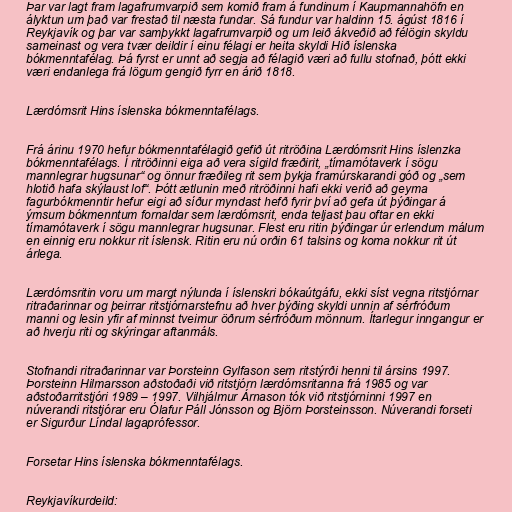
Þar var lagt fram lagafrumvarpið sem komið fram á fundinum í Kaupmannahöfn en
ályktun um það var frestað til næsta fundar. Sá fundur var haldinn 15. ágúst 1816 í
Reykjavík og þar var samþykkt lagafrumvarpið og um leið ákveðið að félögin skyldu
sameinast og vera tvær deildir í einu félagi er heita skyldi Hið íslenska
bókmenntafélag. Þá fyrst er unnt að segja að félagið væri að fullu stofnað, þótt ekki
væri endanlega frá lögum gengið fyrr en árið 1818.

Lærdómsrit Hins íslenska bókmenntafélags.

Frá árinu 1970 hefur bókmenntafélagið gefið út ritröðina Lærdómsrit Hins íslenzka
bókmenntafélags. Í ritröðinni eiga að vera sígild fræðirit, „tímamótaverk í sögu
mannlegrar hugsunar“ og önnur fræðileg rit sem þykja framúrskarandi góð og „sem
hlotið hafa skýlaust lof“. Þótt ætlunin með ritröðinni hafi ekki verið að geyma
fagurbókmenntir hefur eigi að síður myndast hefð fyrir því að gefa út þýðingar á
ýmsum bókmenntum fornaldar sem lærdómsrit, enda teljast þau oftar en ekki
tímamótaverk í sögu mannlegrar hugsunar. Flest eru ritin þýðingar úr erlendum málum
en einnig eru nokkur rit íslensk. Ritin eru nú orðin 61 talsins og koma nokkur rit út
árlega.

Lærdómsritin voru um margt nýlunda í íslenskri bókaútgáfu, ekki síst vegna ritstjórnar
ritraðarinnar og þeirrar ritstjórnarstefnu að hver þýðing skyldi unnin af sérfróðum
manni og lesin yfir af minnst tveimur öðrum sérfróðum mönnum. Ítarlegur inngangur er
að hverju riti og skýringar aftanmáls.

Stofnandi ritraðarinnar var Þorsteinn Gylfason sem ritstýrði henni til ársins 1997.
Þorsteinn Hilmarsson aðstoðaði við ritstjórn lærdómsritanna frá 1985 og var
aðstoðarritstjóri 1989 – 1997. Vilhjálmur Árnason tók við ritstjórninni 1997 en
núverandi ritstjórar eru Ólafur Páll Jónsson og Björn Þorsteinsson. Núverandi forseti
er Sigurður Líndal lagaprófessor.

Forsetar Hins íslenska bókmenntafélags.

Reykjavíkurdeild: